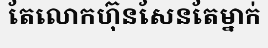
តែលោកហ៊ុនសែនតែម្នាក់